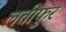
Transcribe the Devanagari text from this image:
लतीफुर